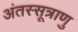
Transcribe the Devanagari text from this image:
अंतस्सूत्राणु